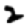
Digit: 2